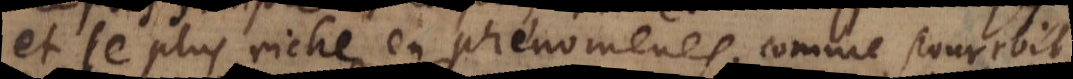
et le plus riche en phenomenes; comme pourroit